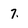
Character: 7